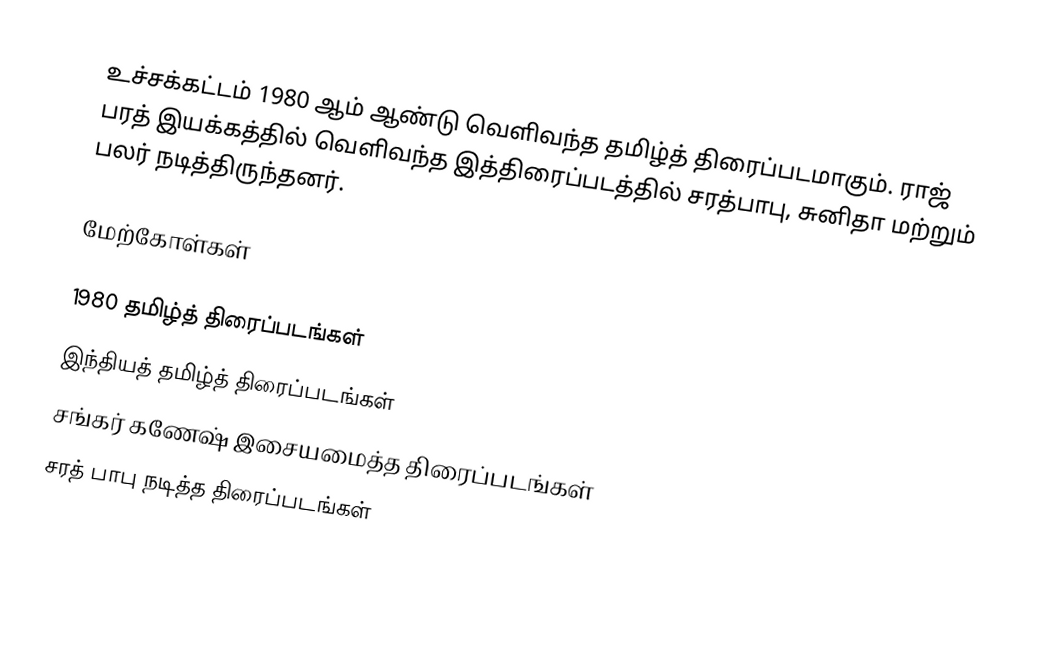
உச்சக்கட்டம் 1980 ஆம் ஆண்டு வெளிவந்த தமிழ்த் திரைப்படமாகும். ராஜ் பரத் இயக்கத்தில் வெளிவந்த இத்திரைப்படத்தில் சரத்பாபு, சுனிதா மற்றும் பலர் நடித்திருந்தனர்.

மேற்கோள்கள்

1980 தமிழ்த் திரைப்படங்கள்
இந்தியத் தமிழ்த் திரைப்படங்கள்
சங்கர் கணேஷ் இசையமைத்த திரைப்படங்கள்
சரத் பாபு நடித்த திரைப்படங்கள்